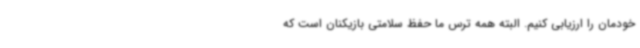
خودمان را ارزیابی کنیم. البته همه ترس ما حفظ سلامتی بازیکنان است که